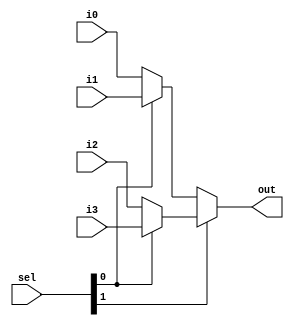
module mux4x1 (
    input   wire        i0,
    input   wire        i1,
    input   wire        i2,
    input   wire        i3,
    input   wire  [1:0] sel,
    output  reg         out
    );

wire    m1;
wire    m2;

assign m1 = sel[0] ? i1 : i0;
assign m2 = sel[0] ? i3 : i2;
assign out = sel[1] ? m2 : m1;

endmodule